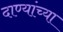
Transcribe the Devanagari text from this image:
दाण्यांच्या